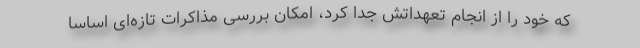
که خود را از انجام تعهداتش جدا کرد، امکان بررسی مذاکرات تازه‌ای اساسا